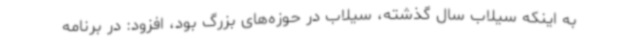
به اینکه سیلاب سال گذشته، سیلاب در حوزه‌های بزرگ بود، افزود: در برنامه